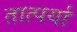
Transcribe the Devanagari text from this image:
तात्पर्या